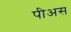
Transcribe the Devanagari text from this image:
पीअस